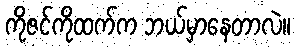
ကိုဇင်ကိုထက်က ဘယ်မှာနေတာလဲ။